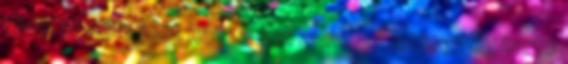
távol töltött időt hozzá kell adni. 5 Életfogytig tartó